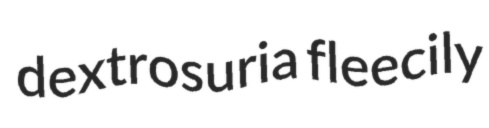
dextrosuria fleecily